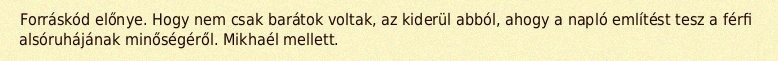
Forráskód előnye. Hogy nem csak barátok voltak, az kiderül abból, ahogy a napló említést tesz a férfi alsóruhájának minőségéről. Mikhaél mellett.